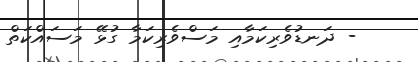
- ދަނޑުވެރިކަމާއި މަސްވެރިކަމާ ގުޅޭ މަސައްކަތް